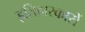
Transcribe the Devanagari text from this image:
इतिहारकारों